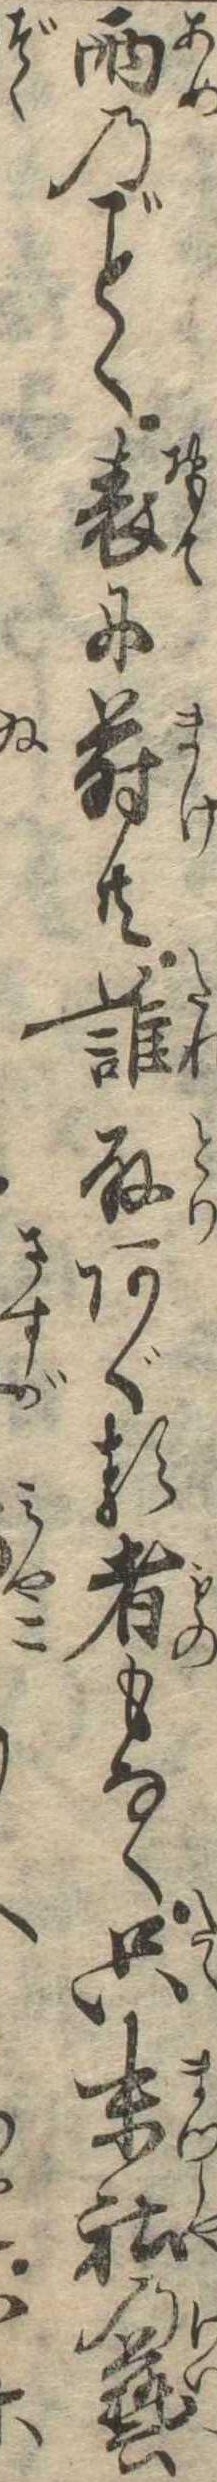
雨のく表に蒔共誰取あぐる者もなく只末社の芸